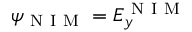
\psi _ { \mathrm { ~ N ~ I ~ M ~ } } = E _ { y } ^ { \mathrm { ~ N ~ I ~ M ~ } }